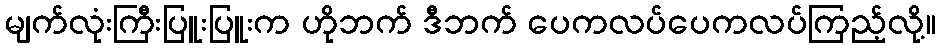
မျက်လုံးကြီးပြူးပြူးက ဟိုဘက် ဒီဘက် ပေကလပ်ပေကလပ်ကြည့်လို့။